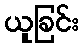
ယူခြင်း